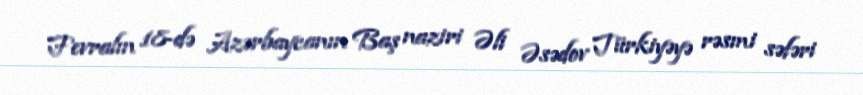
Fevralın 18-də Azərbaycanın Baş naziri Əli Əsədov Türkiyəyə rəsmi səfəri